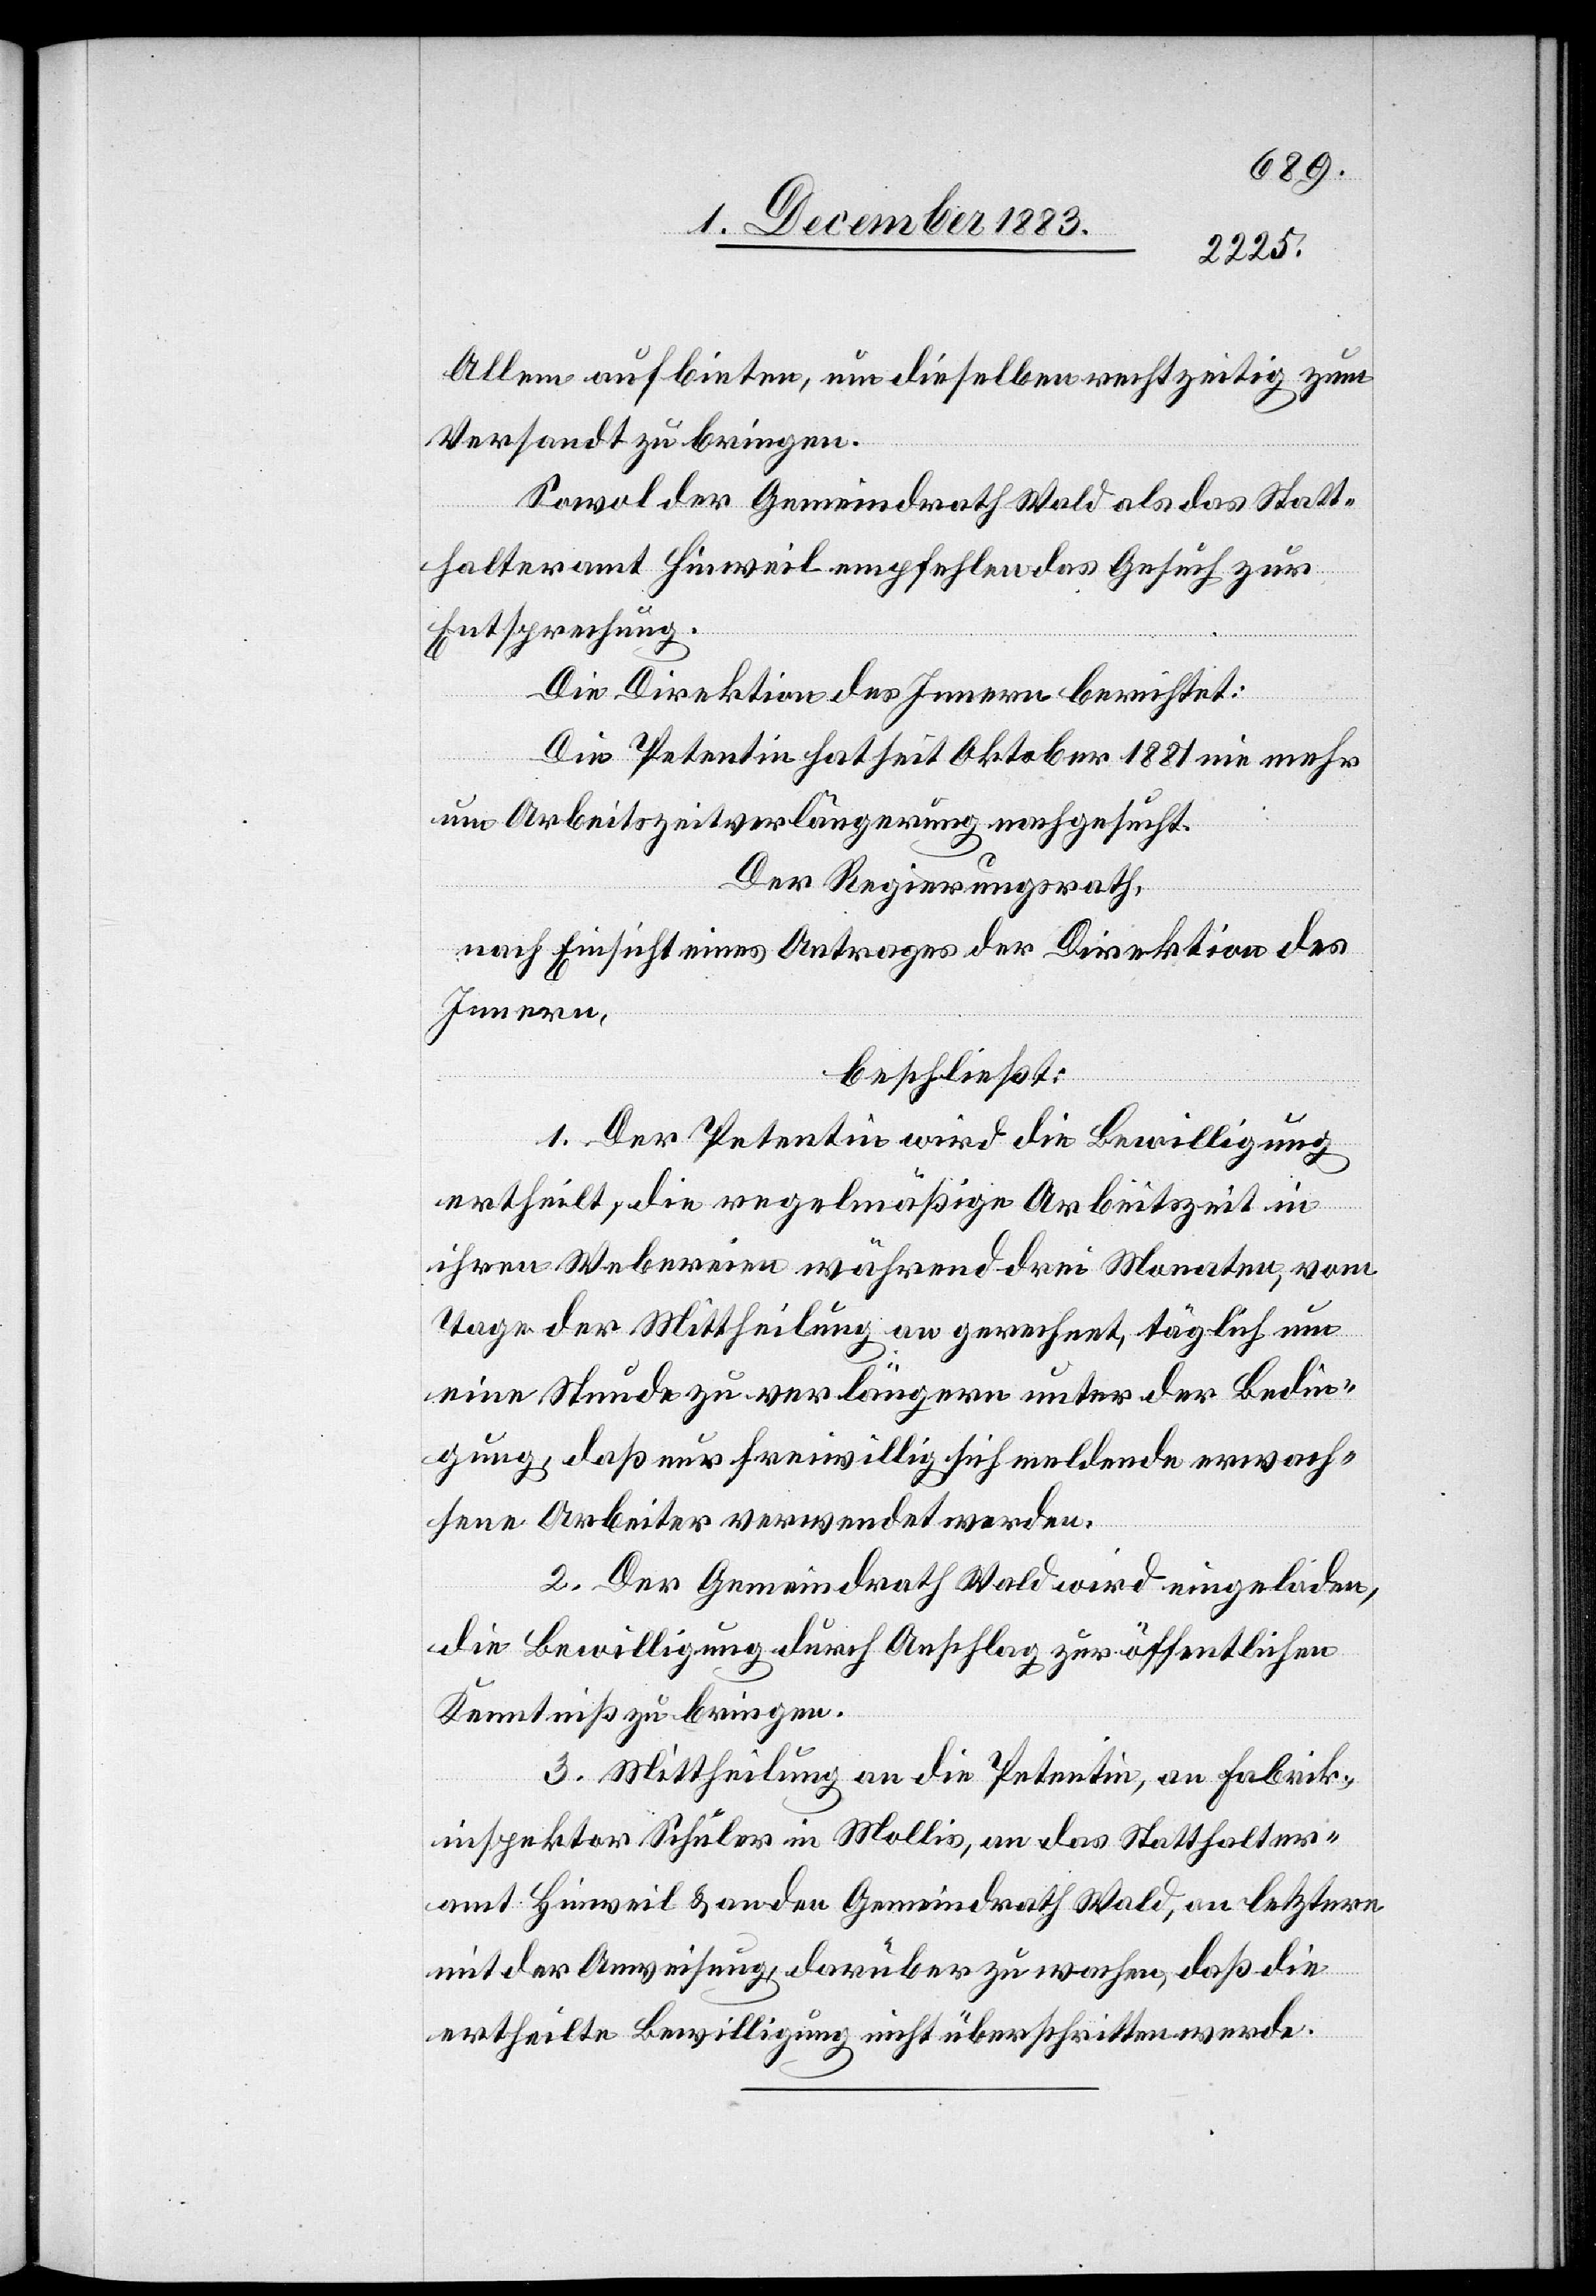
alle] aufbieten, um dieselben rechtzeitig zum
Sowol der Gemeindrath Wald als das Statt¬
halteramt Hinweil empfehlen das Gesuch zur
Entsprechung.
Die Direktion des Innern berichtet:
Die Petentin hat seit Oktober 1881 nie mehr
um Arbeitszeitverlängerung nachgesucht.
Der Regierungsrath,
bringen.
nach Einsicht eines Antrages der Direktion des
Innern,
beschließt:
1. Der Petentin wird die Bewilligung
ertheilt, die regelmäßige Arbeitszeit in
ihren Webereien während drei Monaten, vom
Tage der Mittheilung an gerechnet, täglich um
eine Stunde zu verlängern unter der Bedin¬
gung, daß nur freiwillig sich meldende erwach¬
sene Arbeiter verwendet werden.
2. Der Gemeindrath Wald wir eingeladen,
die Bewilligung durch Anschlag zur öffentlichen
Kenntniß zu bringen.
3. Mittheilung an die Petentin, an Fabrik¬
inspektor Schuler in Mollis, an das Statthalter¬
amt Hinweil & an den Gemeindrath Wald, an letztern
mit der Anweisung darüber zu wachen, daß die
ertheilte Bewilligung nicht überschritten werde.